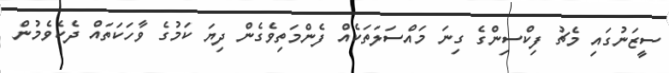
ސީޒަނުގައި މެޗު ފިކްސިންގެ ގިނަ މައްސަލަތަކެއް ފެންމަތިވެގެން ދިޔަ ކަމުގެ ވާހަކަތައް ދެކެވެމުން